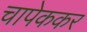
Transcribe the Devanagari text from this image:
चापेककर